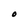
Character: O